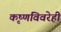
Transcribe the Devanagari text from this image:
कृष्णविवरेही